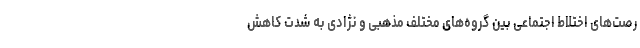
رصت‌های اختلاط اجتماعی بین گروه‌های مختلف مذهبی و نژادی به شدت کاهش